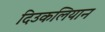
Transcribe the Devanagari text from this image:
दिउकलियान